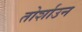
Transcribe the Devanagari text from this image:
तोर्शाउन